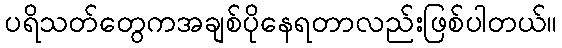
ပရိသတ်တွေကအချစ်ပိုနေရတာလည်းဖြစ်ပါတယ်။